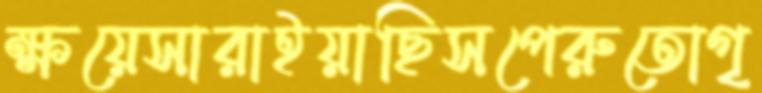
ক্ষয়েসারাইয়াছিসপেরুতোগৃ